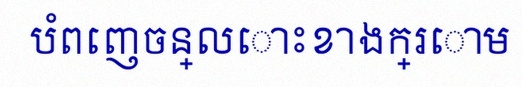
បំពេញចន្លោះខាងក្រោម